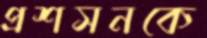
প্রশসনকে